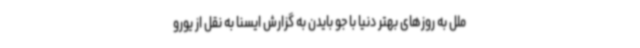
ملل به روزهای بهتر دنیا با جو بایدن به گزارش ایسنا به نقل از یورو